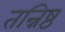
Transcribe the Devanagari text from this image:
तन्निष्ठ